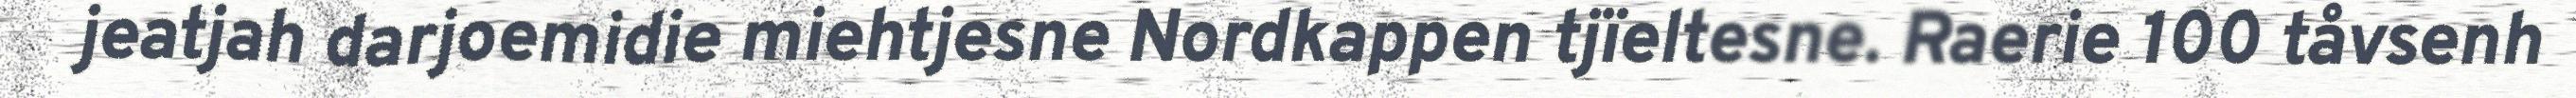
jeatjah darjoemidie miehtjesne Nordkappen tjïeltesne. Raerie 100 tåvsenh